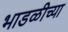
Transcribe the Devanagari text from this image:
भाडळीच्या